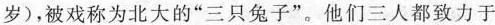
岁)，被戏称为北大的“三只兔子”。他们三人都致力于